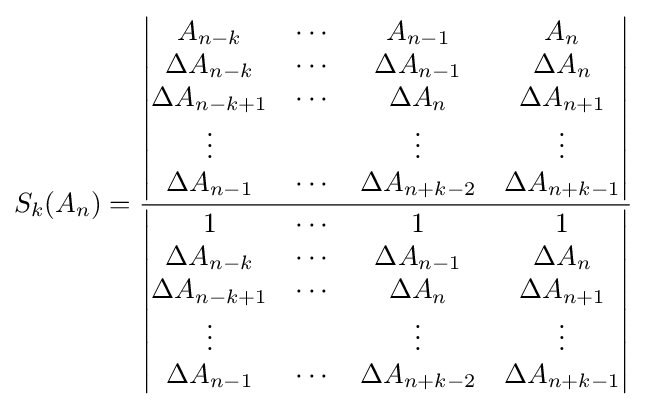
S_{k}(A_{n})={\frac {\begin{vmatrix}A_{n-k}&\cdots &A_{n-1}&A_{n}\\\Delta A_{n-k}&\cdots &\Delta A_{n-1}&\Delta A_{n}\\\Delta A_{n-k+1}&\cdots &\Delta A_{n}&\Delta A_{n+1}\\\vdots &&\vdots &\vdots \\\Delta A_{n-1}&\cdots &\Delta A_{n+k-2}&\Delta A_{n+k-1}\\\end{vmatrix}}{\begin{vmatrix}1&\cdots &1&1\\\Delta A_{n-k}&\cdots &\Delta A_{n-1}&\Delta A_{n}\\\Delta A_{n-k+1}&\cdots &\Delta A_{n}&\Delta A_{n+1}\\\vdots &&\vdots &\vdots \\\Delta A_{n-1}&\cdots &\Delta A_{n+k-2}&\Delta A_{n+k-1}\\\end{vmatrix}}}